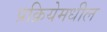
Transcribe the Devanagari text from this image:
प्रक्रियेमधील